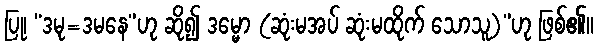
ပြု၊ “ဒမု=ဒမနေ”ဟု ဆို၍ ဒမ္မော (ဆုံးမအပ် ဆုံးမထိုက် သောသူ)”ဟု ဖြစ်၏။